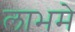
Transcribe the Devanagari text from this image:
लाभमे